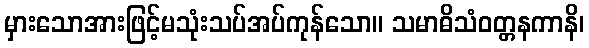
မှားသောအားဖြင့်မသုံးသပ်အပ်ကုန်သော။ သမာဓိသံဝတ္တနကာနိ၊